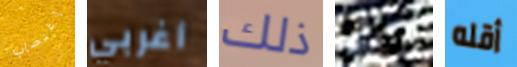
إغتصاب أغربي ذلك ودع أقله